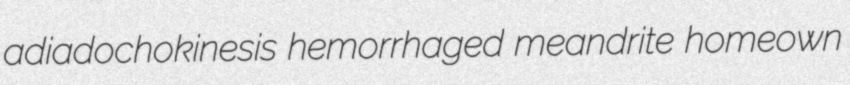
adiadochokinesis hemorrhaged meandrite homeown